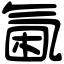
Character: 𣱣